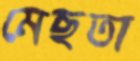
মেছতা